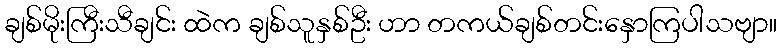
ချစ်မိုးကြီးသီချင်း ထဲက ချစ်သူနှစ်ဦး ဟာ တကယ်ချစ်တင်းနှောကြပါသဗျာ။